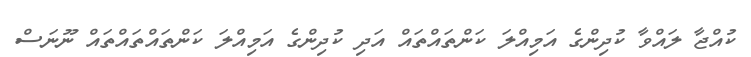
ކުއްޖާ ލައްވާ ކުދިންގެ އަމިއްލަ ކަންތައްތައް އަދި ކުދިންގެ އަމިއްލަ ކަންތައްތައްތައް ނޫނަސް